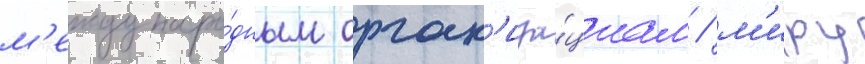
м'еждунаро́дным орган'иза́циам / м'иру